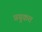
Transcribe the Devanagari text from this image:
प्रयुकत